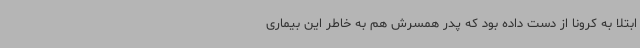
ابتلا به کرونا از دست داده بود که پدر همسرش هم به خاطر این بیماری